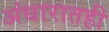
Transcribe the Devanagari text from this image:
अंधारातही